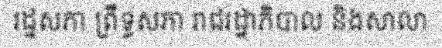
រដ្ឋសភា ព្រឹទ្ធសភា រាជរដ្ឋាភិបាល និងសាលា